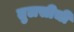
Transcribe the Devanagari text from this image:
तुलसीची